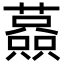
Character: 𧁤